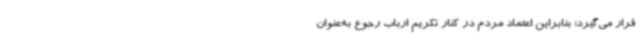
قرار می‌گیرد؛ بنابراین اعتماد مردم در کنار تکریم ارباب‌ رجوع به‌عنوان